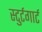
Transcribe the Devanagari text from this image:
स्टुर्टगार्ट